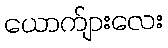
ယောက်ျားလေး